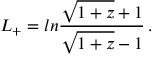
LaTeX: \nonumber L _ { + } = l n { \frac { \sqrt { 1 + z } + 1 } { \sqrt { 1 + z } - 1 } } \, .